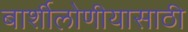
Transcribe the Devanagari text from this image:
बार्शीलोणीयासाठी